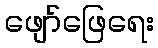
ဖျော်ဖြေရေး